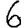
Digit: 6